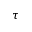
\tau